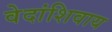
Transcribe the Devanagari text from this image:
वेदांशिवाय